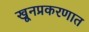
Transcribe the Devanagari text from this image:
खूनप्रकरणात